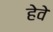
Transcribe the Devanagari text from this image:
हेवे